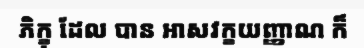
ភិក្ខុ ដែល បាន អាសវក្ខយញ្ញាណ ក៏